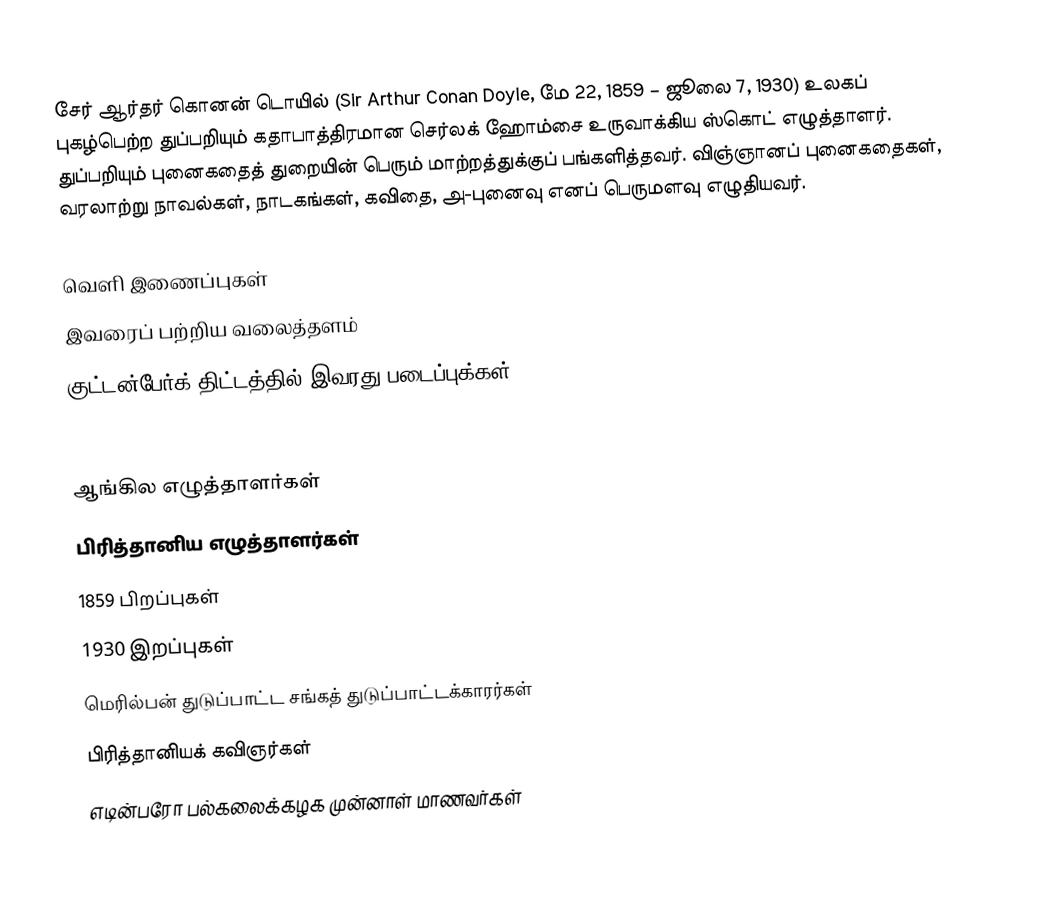
சேர் ஆர்தர் கொனன் டொயில் (Sir Arthur Conan Doyle, மே 22, 1859 – ஜூலை 7, 1930) உலகப் புகழ்பெற்ற துப்பறியும் கதாபாத்திரமான செர்லக் ஹோம்சை உருவாக்கிய ஸ்கொட் எழுத்தாளர். துப்பறியும் புனைகதைத் துறையின் பெரும் மாற்றத்துக்குப் பங்களித்தவர். விஞ்ஞானப் புனைகதைகள், வரலாற்று நாவல்கள், நாடகங்கள், கவிதை, அ-புனைவு எனப் பெருமளவு எழுதியவர்.

வெளி இணைப்புகள்
 இவரைப் பற்றிய வலைத்தளம்
 குட்டன்பேர்க் திட்டத்தில் இவரது படைப்புக்கள்
 Sir Arthur Conan Doyle mobile ebooks

ஆங்கில எழுத்தாளர்கள்
பிரித்தானிய எழுத்தாளர்கள்
1859 பிறப்புகள்
1930 இறப்புகள்
மெரில்பன் துடுப்பாட்ட சங்கத் துடுப்பாட்டக்காரர்கள்
பிரித்தானியக் கவிஞர்கள்
எடின்பரோ பல்கலைக்கழக முன்னாள் மாணவர்கள்